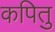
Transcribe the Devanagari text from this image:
कपितु